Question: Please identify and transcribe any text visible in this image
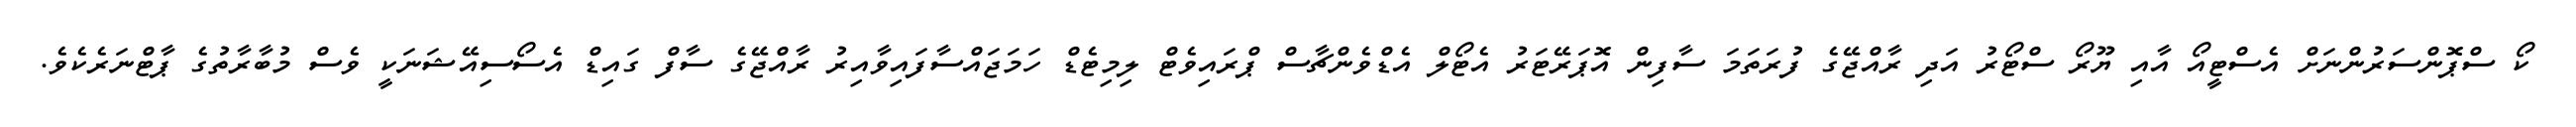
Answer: ކޯ ސްޕޮންސަރުންނަށް އެސްޓީއޯ އާއި ޔޫރޯ ސްޓޯރު އަދި ރާއްޖޭގެ ފުރަތަމަ ސާފިން އޮޕަރޭޓަރު އެޓޯލް އެޑްވެންޗާސް ޕްރައިވެޓް ލިމިޓެޑް ހަމަޖައްސާފައިވާއިރު ރާއްޖޭގެ ސާފް ގައިޑް އެސޯސިއޭޝަނަކީ ވެސް މުބާރާތުގެ ޕާޓްނަރެކެވެ.